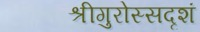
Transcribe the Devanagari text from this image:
श्रीगुरोस्सदृशं